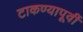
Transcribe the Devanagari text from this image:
टाकण्यापूर्वी